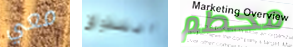
معي التذوق محطم